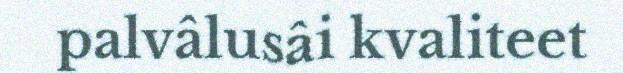
palvâlusâi kvaliteet